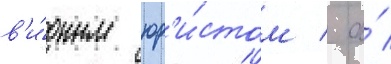
в'и́дным юр'и́стом / а́